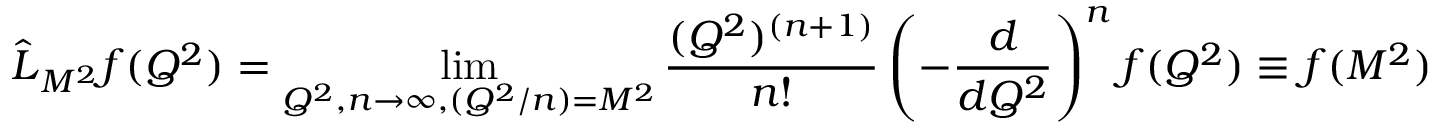
\hat { L } { } _ { M ^ { 2 } } f ( Q ^ { 2 } ) = \operatorname * { l i m } _ { Q ^ { 2 } , n \rightarrow \infty , ( Q ^ { 2 } / n ) = M ^ { 2 } } \frac { ( Q ^ { 2 } ) ^ { ( n + 1 ) } } { n ! } \left( - \frac { d } { d Q ^ { 2 } } \right) ^ { n } f ( Q ^ { 2 } ) \equiv f ( M ^ { 2 } )